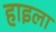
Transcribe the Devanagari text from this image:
हाइला